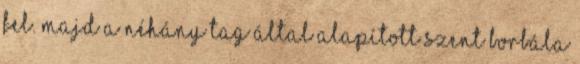
fel. Majd a néhány tag által alapított Szent Borbála